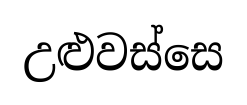
උළුවස්සෙ